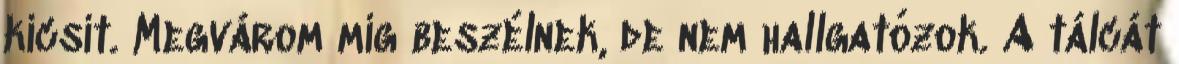
kicsit. Megvárom míg beszélnek, de nem hallgatózok. A tálcát